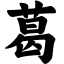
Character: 葛